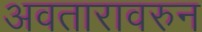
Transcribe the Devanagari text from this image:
अवतारावरुन